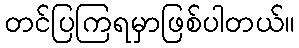
တင်ပြကြရမှာဖြစ်ပါတယ်။